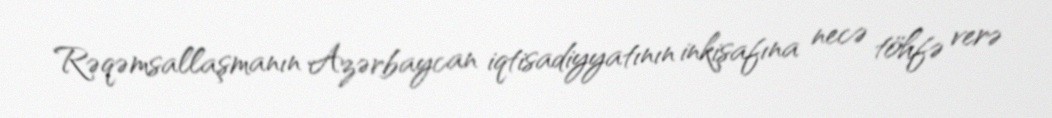
Rəqəmsallaşmanın Azərbaycan iqtisadiyyatının inkişafına necə töhfə verə